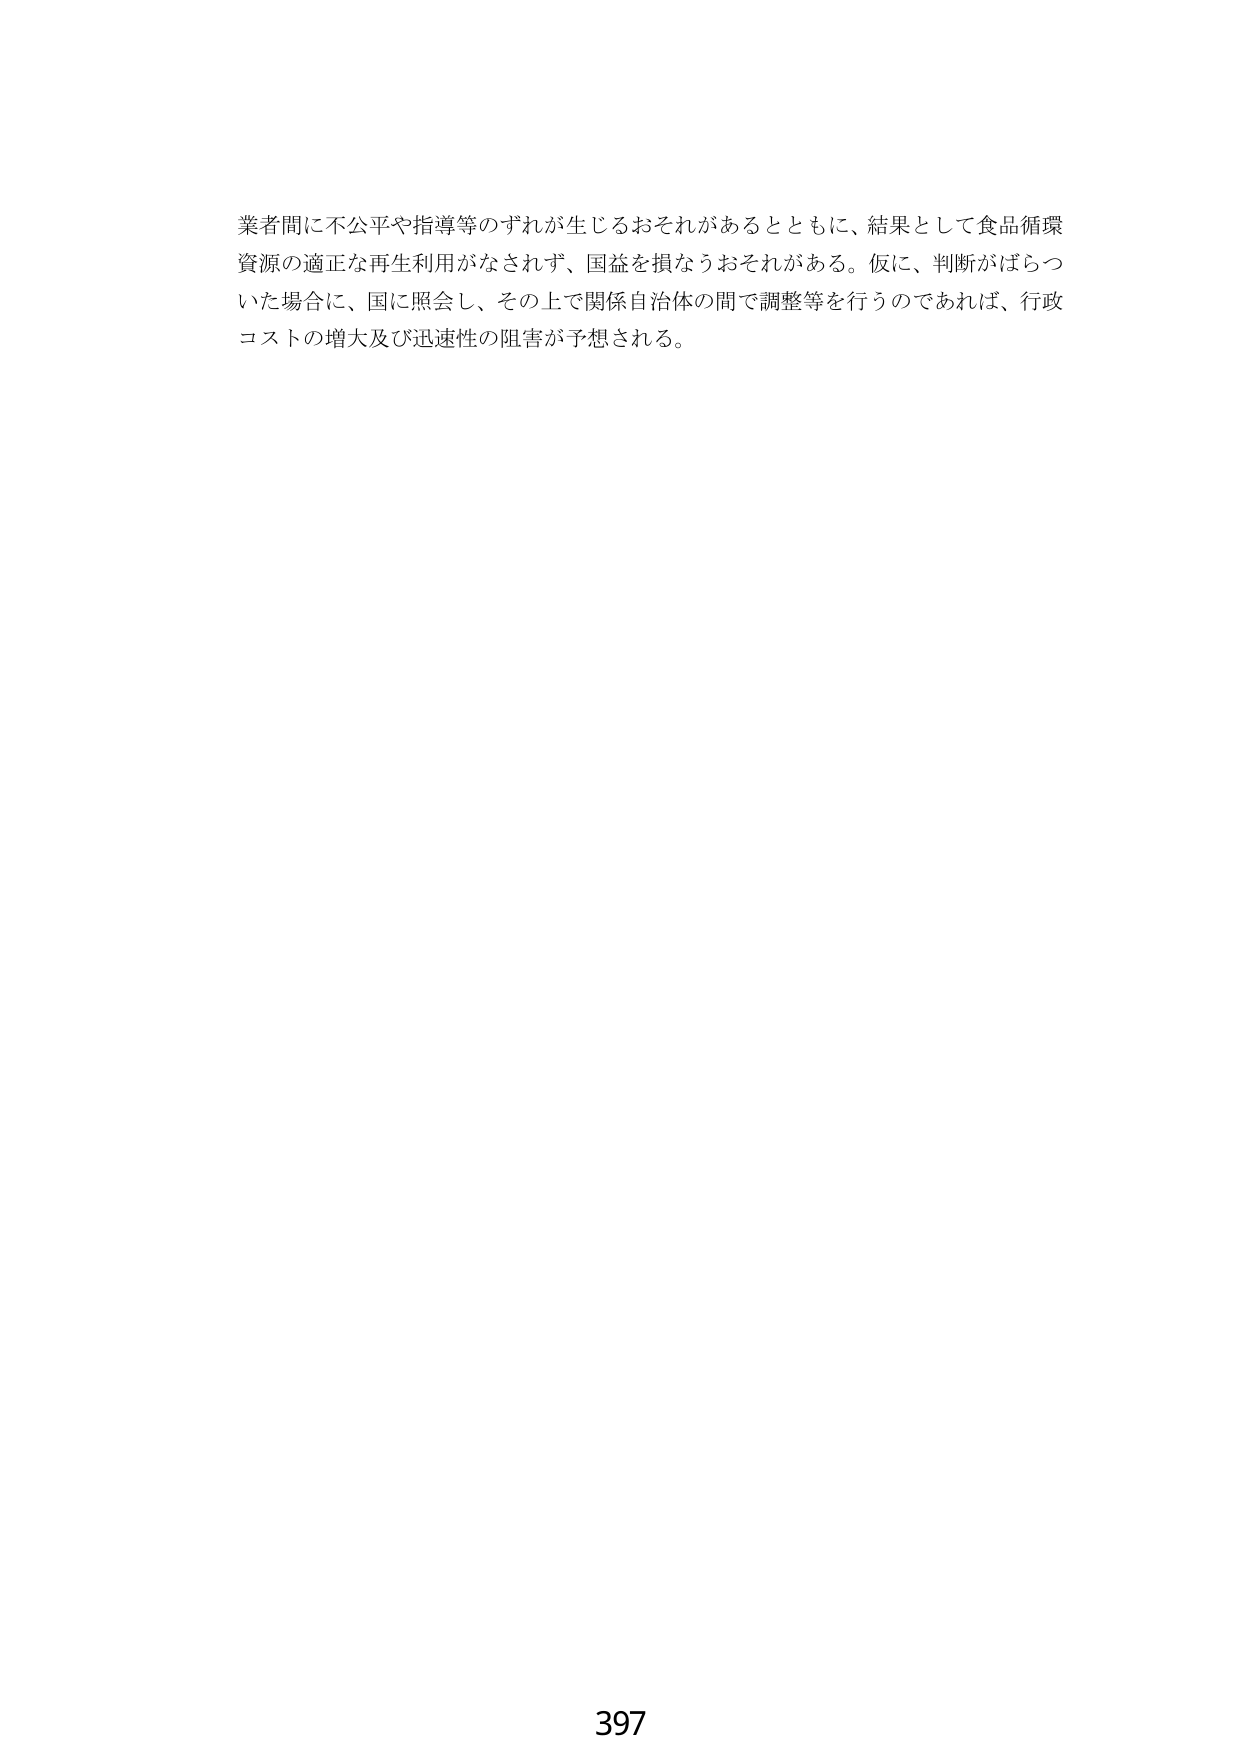
業者間に不公平や指導等のずれが生じるおそれがあるとともに、結果として食品循環
資源の適正な再生利用がなされず、国益を損なうおそれがある。仮に、判断がばらつ
いた場合に、国に照会し、その上で関係自治体の間で調整等を行うのであれば、行政
コストの増大及び迅速性の阻害が予想される。

397